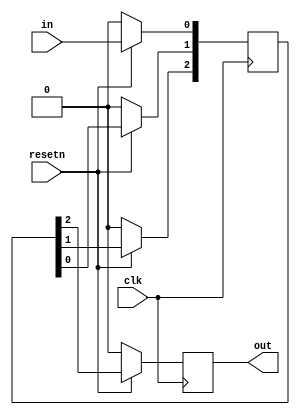
module top_module (
    input clk,
    input resetn,   
    input in,
    output out
  );
    
    reg [2:0] Q;
    
    always @(posedge clk) begin
        if(resetn) begin
            Q[0] <= in;
            Q[1] <= Q[0];
            Q[2] <= Q[1];
            out <= Q[2];
        end
        else begin
            Q <= 3'b0;
            out <= 1'b0;
        end
    end

endmodule